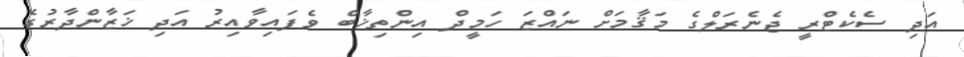
އަދި ސެކެޓްރީ ޖެނެރަލްގެ މަޤާމަށް ނައްޒަ ހަމީދް އިންތިޚާބް ވެފައިވާއިރު އަދި ޚަޒާންދާރުގެ